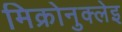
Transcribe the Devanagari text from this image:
मिक्रोनुक्लेइ